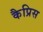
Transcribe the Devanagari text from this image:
कैप्रिस